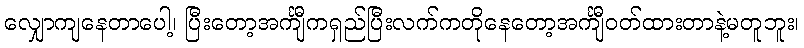
လျှောကျနေတာပေါ့၊ ပြီးတော့အင်္ကျီကရှည်ပြီးလက်ကတိုနေတော့အင်္ကျီဝတ်ထားတာနဲ့မတူဘူး၊